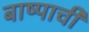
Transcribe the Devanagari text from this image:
बाष्पाची